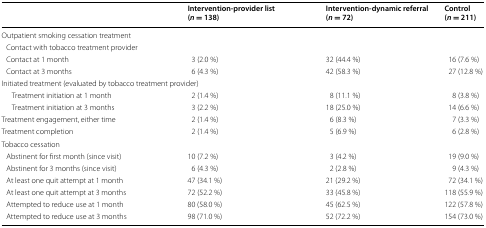
<table><thead><tr><td></td><td><b>Intervention-provider list(<i>n</i> = 138)</b></td><td><b>Intervention-dynamic referral(<i>n</i> = 72)</b></td><td><b>Control(<i>n</i> = 211)</b></td></tr></thead><tbody><tr><td colspan="4">Outpatient smoking cessation treatment</td></tr><tr><td colspan="4"> Contact with tobacco treatment provider</td></tr><tr><td> Contact at 1 month</td><td>3 (2.0 %)</td><td>32 (44.4 %)</td><td>16 (7.6 %)</td></tr><tr><td> Contact at 3 months</td><td>6 (4.3 %)</td><td>42 (58.3 %)</td><td>27 (12.8 %)</td></tr><tr><td colspan="4">Initiated treatment (evaluated by tobacco treatment provider)</td></tr><tr><td>Treatment initiation at 1 month</td><td>2 (1.4 %)</td><td>8 (11.1 %)</td><td>8 (3.8 %)</td></tr><tr><td>Treatment initiation at 3 months</td><td>3 (2.2 %)</td><td>18 (25.0 %)</td><td>14 (6.6 %)</td></tr><tr><td>Treatment engagement, either time</td><td>2 (1.4 %)</td><td>6 (8.3 %)</td><td>7 (3.3 %)</td></tr><tr><td>Treatment completion</td><td>2 (1.4 %)</td><td>5 (6.9 %)</td><td>6 (2.8 %)</td></tr><tr><td colspan="4">Tobacco cessation</td></tr><tr><td> Abstinent for first month (since visit)</td><td>10 (7.2 %)</td><td>3 (4.2 %)</td><td>19 (9.0 %)</td></tr><tr><td> Abstinent for 3 months (since visit)</td><td>6 (4.3 %)</td><td>2 (2.8 %)</td><td>9 (4.3 %)</td></tr><tr><td> At least one quit attempt at 1 month</td><td>47 (34.1 %)</td><td>21 (29.2 %)</td><td>72 (34.1 %)</td></tr><tr><td> At least one quit attempt at 3 months</td><td>72 (52.2 %)</td><td>33 (45.8 %)</td><td>118 (55.9 %)</td></tr><tr><td> Attempted to reduce use at 1 month</td><td>80 (58.0 %)</td><td>45 (62.5 %)</td><td>122 (57.8 %)</td></tr><tr><td> Attempted to reduce use at 3 months</td><td>98 (71.0 %)</td><td>52 (72.2 %)</td><td>154 (73.0 %)</td></tr></tbody></table>